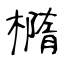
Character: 橢